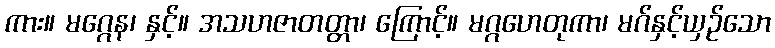
ကား။ မဂ္ဂေန၊ နှင့်။ အသဟဇာတတ္တာ၊ ကြောင့်။ မဂ္ဂဟေတုကာ၊ မဂ်နှင့်ယှဉ်သော